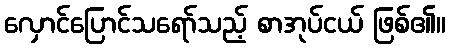
လှောင်ပြောင်သရော်သည့် စာအုပ်ငယ် ဖြစ်၏။